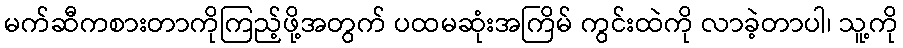
မက်ဆီကစားတာကိုကြည့်ဖို့အတွက် ပထမဆုံးအကြိမ် ကွင်းထဲကို လာခဲ့တာပါ၊ သူ့ကို